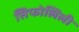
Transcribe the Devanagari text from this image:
सिफोलिली